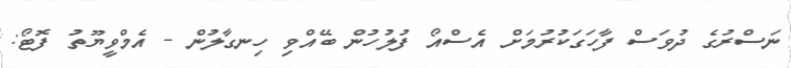
ނަސްރުގެ ދުވަސް ފާހަގަކުރުމަށް އެސްއޯ ފުލުހުން ބޭއްވި ހިނގާލުން - އެމްވީޔޫތު ފޮޓޯ: